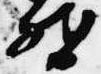
督